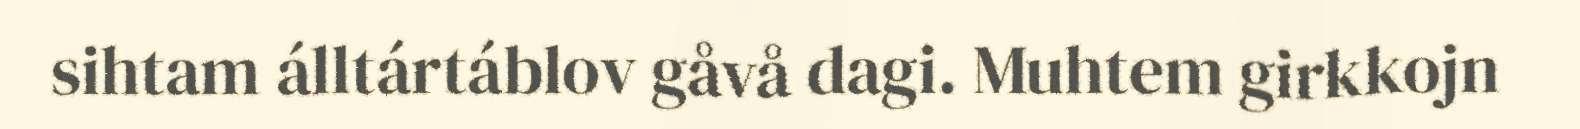
sihtam álltártáblov gåvå dagi. Muhtem girkkojn